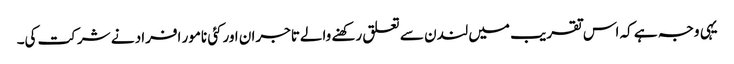
یہی وجہ ہے کہ اس تقریب میں لندن سے تعلق رکھنے والےتاجران اورکئی نامور افراد نے شرکت کی۔